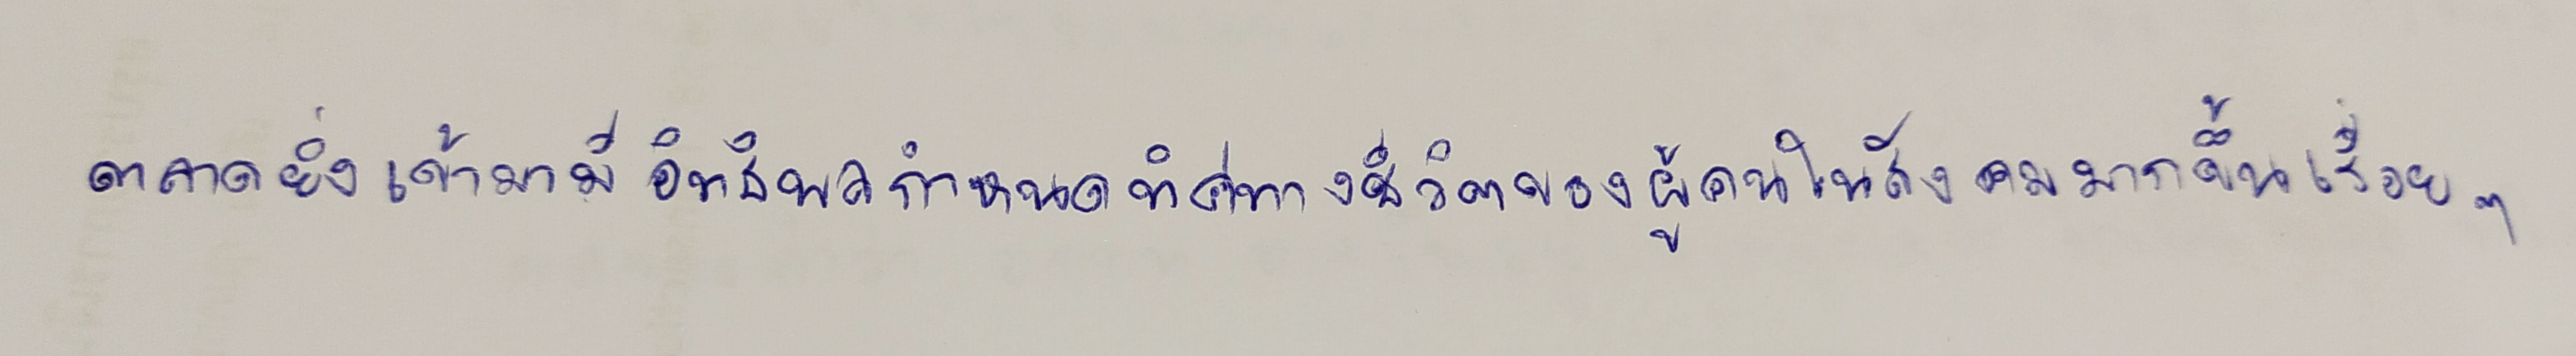
ตลาดยิ่งเข้ามามีอิทธิพลกำหนดทิศทางชีวิตของผู้คนในสังคมมากขึ้นเรื่อยๆ